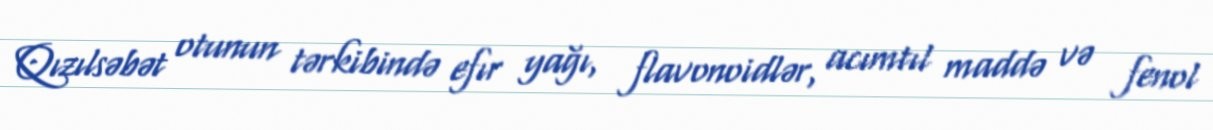
Qızılsəbət otunun tərkibində efır yağı, flavonoidlər, acımtıl maddə və fenol